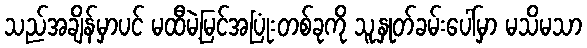
သည်အချိန်မှာပင် မထီမဲ့မြင်အပြုံးတစ်ခုကို သူ့နှုတ်ခမ်းပေါ်မှာ မသိမသာ